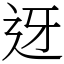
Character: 迓